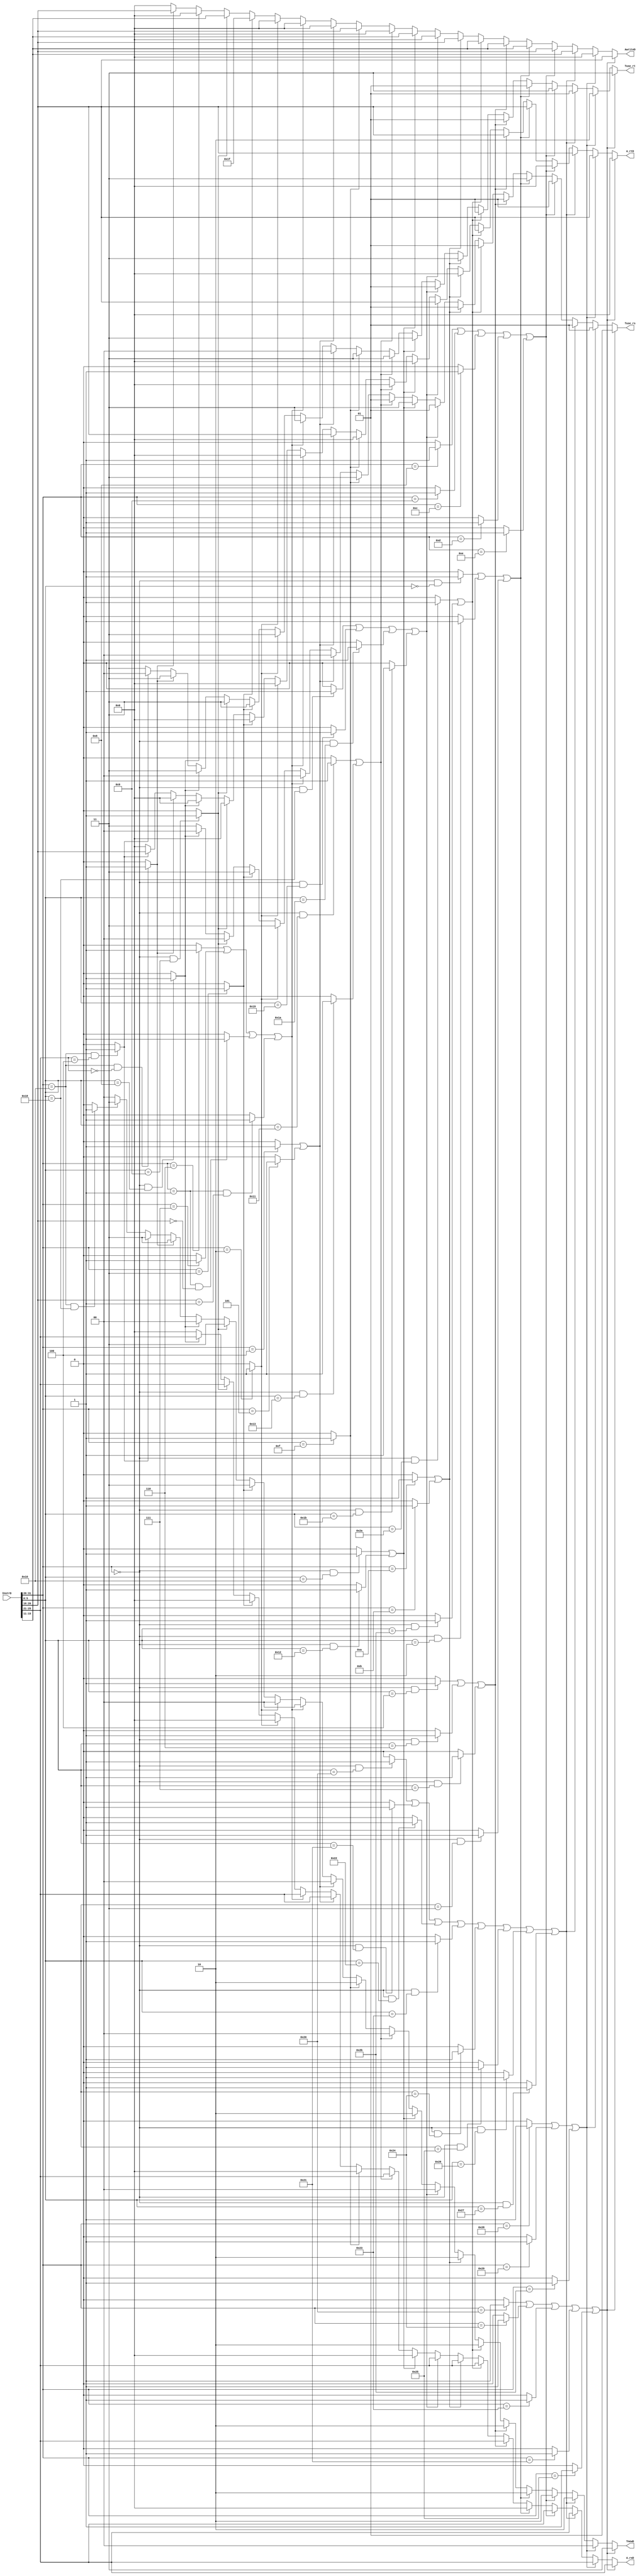
`timescale 1ns / 1ps
//////////////////////////////////////////////////////////////////////////////////
// Company: 
// Engineer: 
// 
// Design Name: 
// Module Name:    AT 
// Project Name: 
// Target Devices: 
// Tool versions: 
// Description: 
//
// Dependencies: 
//
// Revision: 
// Revision 0.01 - File Created
// Additional Comments: 
//
//////////////////////////////////////////////////////////////////////////////////
module AT(
    input [31:0] InstrD,
    output reg [1:0] Tuse_rs,
    output reg [1:0] Tuse_rt,
    output reg [1:0] TnewD,
	output reg [4:0] A_rsD,
	output reg [4:0] A_rtD,
	output reg [4:0] AwriteD
    );
	wire [4:0] rs,rt,rd;
	wire [5:0] op,func;
	assign op=InstrD[31:26];
	assign func=InstrD[5:0];
	assign rs=InstrD[25:21];
	assign rt=InstrD[20:16];
	assign rd=InstrD[15:11];
	//
	//
	wire LB,LBU,LH,LHU,LW,SB,SH,SW;	
	//
	wire ADD,ADDU,SUB,SUBU,AND,OR,XOR,NOR;
	wire ADDI,ADDIU,ANDI,ORI,XORI;
	wire SLL,SRL,SRA,SLLV,SRLV,SRAV;
	wire SLT,SLTI,SLTIU,SLTU;
	wire LUI;
	//
	wire MULT,MULTU,DIV,DIVU,MFHI,MFLO,MTHI,MTLO;
	//
	wire BEQ,BNE,BLEZ,BGTZ,BLTZ,BGEZ;
	wire J,JAL,JALR,JR;
	//
	wire MFCO,MTCO,ERET;
	assign MFCO=(op==6'b010000&&rs==5'b00000)?1'b1:1'b0;
	assign MTCO=(op==6'b010000&&rs==5'b00100)?1'b1:1'b0;
	assign ERET=(op==6'b010000&&func==6'b011000)?1'b1:1'b0;
	//
	//
	assign LB=(op==6'b100000)?1'b1:1'b0;
	assign LBU=(op==6'b100100)?1'b1:1'b0;
	assign LH=(op==6'b100001)?1'b1:1'b0;
	assign LHU=(op==6'b100101)?1'b1:1'b0;
	assign LW=(op==6'b100011)?1'b1:1'b0;
	assign SB=(op==6'b101000)?1'b1:1'b0;
	assign SH=(op==6'b101001)?1'b1:1'b0;
	assign SW=(op==6'b101011)?1'b1:1'b0;
	//
	assign ADD=((op==6'b000000)&&(func==6'b100000))?1'b1:1'b0;
	assign ADDU=((op==6'b000000)&&(func==6'b100001))?1'b1:1'b0;
	assign SUB=((op==6'b000000)&&(func==6'b100010))?1'b1:1'b0;
	assign SUBU=((op==6'b000000)&&(func==6'b100011))?1'b1:1'b0;
	assign AND=((op==6'b000000)&&(func==6'b100100))?1'b1:1'b0;
	assign OR=((op==6'b000000)&&(func==6'b100101))?1'b1:1'b0;
	assign XOR=((op==6'b000000)&&(func==6'b100110))?1'b1:1'b0;
	assign NOR=((op==6'b000000)&&(func==6'b100111))?1'b1:1'b0;
	//
	assign ADDI=(op==6'b001000)?1'b1:1'b0;
	assign ADDIU=(op==6'b001001)?1'b1:1'b0;
	assign ANDI=(op==6'b001100)?1'b1:1'b0;
	assign ORI=(op==6'b001101)?1'b1:1'b0;
	assign XORI=(op==6'b001110)?1'b1:1'b0;
	//
	assign SLL=((op==6'b000000)&&(func==6'b000000))?1'b1:1'b0;
	assign SRL=((op==6'b000000)&&(func==6'b000010))?1'b1:1'b0;
	assign SRA=((op==6'b000000)&&(func==6'b000011))?1'b1:1'b0;
	assign SLLV=((op==6'b000000)&&(func==6'b000100))?1'b1:1'b0;
	assign SRLV=((op==6'b000000)&&(func==6'b000110))?1'b1:1'b0;
	assign SRAV=((op==6'b000000)&&(func==6'b000111))?1'b1:1'b0;
	//
	assign SLT=((op==6'b000000)&&(func==6'b101010))?1'b1:1'b0;
	assign SLTI=(op==6'b001010)?1'b1:1'b0;
	assign SLTIU=(op==6'b001011)?1'b1:1'b0;
	assign SLTU=((op==6'b000000)&&(func==6'b101011))?1'b1:1'b0;
	//
	assign LUI=(op==6'b001111)?1'b1:1'b0;
	//
	assign MULT=((op==6'b000000)&&(func==6'b011000))?1'b1:1'b0;
	assign MULTU=((op==6'b000000)&&(func==6'b011001))?1'b1:1'b0;
	assign DIV=((op==6'b000000)&&(func==6'b011010))?1'b1:1'b0;
	assign DIVU=((op==6'b000000)&&(func==6'b011011))?1'b1:1'b0;
	assign MFHI=((op==6'b000000)&&(func==6'b010000))?1'b1:1'b0;
	assign MFLO=((op==6'b000000)&&(func==6'b010010))?1'b1:1'b0;
	assign MTHI=((op==6'b000000)&&(func==6'b010001))?1'b1:1'b0;
	assign MTLO=((op==6'b000000)&&(func==6'b010011))?1'b1:1'b0;
	//
	assign BEQ=(op==6'b000100)?1'b1:1'b0;
	assign BNE=(op==6'b000101)?1'b1:1'b0;
	assign BLEZ=(op==6'b000110)?1'b1:1'b0;
	assign BGTZ=(op==6'b000111)?1'b1:1'b0;
	assign BLTZ=((op==6'b000001)&&(rt==5'b00000))?1'b1:1'b0;
	assign BGEZ=((op==6'b000001)&&(rt==5'b00001))?1'b1:1'b0;
	assign J=(op==6'b000010)?1'b1:1'b0;
	assign JAL=(op==6'b000011)?1'b1:1'b0;
	assign JALR=((op==6'b000000)&&(func==6'b001001))?1'b1:1'b0;
	assign JR=((op==6'b000000)&&(func==6'b001000))?1'b1:1'b0;
	//AT	Tuse=11
	always@(*)
		begin
			if(LB|LBU|LW|LH|LHU)
				begin
					Tuse_rs=2'b01;
					Tuse_rt=2'b11;
					TnewD=2'b11;
					A_rsD=rs;
					A_rtD=5'd0;
					AwriteD=rt;
				end
			else if(SB|SH|SW)
				begin	
					Tuse_rs=2'b01;
					Tuse_rt=2'b10;
					TnewD=2'b00;
					A_rsD=rs;
					A_rtD=rt;
					AwriteD=5'd0;
				end
			else if(ADD|ADDU|SUB|SUBU|AND|OR|XOR|NOR)
				begin	
					Tuse_rs=2'b01;
					Tuse_rt=2'b01;
					TnewD=2'b10;
					A_rsD=rs;
					A_rtD=rt;
					AwriteD=rd;
				end
			else if(ADDI|ADDIU|ANDI|ORI|XORI)
				begin	
					Tuse_rs=2'b01;
					Tuse_rt=2'b11;
					TnewD=2'b10;
					A_rsD=rs;
					A_rtD=5'd0;
					AwriteD=rt;
				end
			else if(SLL|SRL|SRA)
				begin	
					Tuse_rs=2'b11;
					Tuse_rt=2'b01;
					TnewD=2'b10;
					A_rsD=5'd0;
					A_rtD=rt;
					AwriteD=rd;
				end
			else if(SLLV|SRLV|SRAV)
				begin	
					Tuse_rs=2'b01;
					Tuse_rt=2'b01;
					TnewD=2'b10;
					A_rsD=rs;
					A_rtD=rt;
					AwriteD=rd;
				end
			else if(SLT|SLTU)
				begin	
					Tuse_rs=2'b01;
					Tuse_rt=2'b01;
					TnewD=2'b10;
					A_rsD=rs;
					A_rtD=rt;
					AwriteD=rd;
				end
			else if(SLTI|SLTIU)
				begin	
					Tuse_rs=2'b01;
					Tuse_rt=2'b11;
					TnewD=2'b10;
					A_rsD=rs;
					A_rtD=5'd0;
					AwriteD=rt;
				end
			else if(MULT|MULTU|DIV|DIVU)
				begin	
					Tuse_rs=2'b01;
					Tuse_rt=2'b01;
					TnewD=2'b00;
					A_rsD=rs;
					A_rtD=rt;
					AwriteD=5'd0;
				end	
			else if(MFHI|MFLO)
				begin	
					Tuse_rs=2'b11;
					Tuse_rt=2'b11;
					TnewD=2'b10;
					A_rsD=5'd0;
					A_rtD=5'd0;
					AwriteD=rd;
				end
			else if(MTHI|MTLO)
				begin	
					Tuse_rs=2'b01;
					Tuse_rt=2'b11;
					TnewD=2'b00;
					A_rsD=rs;
					A_rtD=5'd0;
					AwriteD=5'd0;
				end
			else if(LUI)
				begin
					Tuse_rs=2'b11;
					Tuse_rt=2'b11;
					TnewD=2'b10;
					A_rsD=5'd0;
					A_rtD=5'd0;
					AwriteD=rt;
				end
			else if(BEQ|BNE)
				begin
					Tuse_rs=2'b00;
					Tuse_rt=2'b00;
					TnewD=2'b00;
					A_rsD=rs;
					A_rtD=rt;
					AwriteD=5'd0;
				end
			else if(BLEZ|BGTZ|BLTZ|BGEZ)
				begin
					Tuse_rs=2'b00;
					Tuse_rt=2'b11;
					TnewD=2'b00;
					A_rsD=rs;
					A_rtD=5'd0;
					AwriteD=5'd0;
				end
			else if(J)
				begin
					Tuse_rs=2'b11;
					Tuse_rt=2'b11;
					TnewD=2'b00;
					A_rsD=5'd0;
					A_rtD=5'd0;
					AwriteD=5'd0;
				end
			else if(JAL)
				begin
					Tuse_rs=2'b11;
					Tuse_rt=2'b11;
					TnewD=2'b11;
					A_rsD=5'd0;
					A_rtD=5'd0;
					AwriteD=5'd31;
				end
			else if(JALR)
				begin
					Tuse_rs=2'b00;
					Tuse_rt=2'b11;
					TnewD=2'b11;
					A_rsD=rs;
					A_rtD=5'd0;
					AwriteD=rd;
				end
			else if(JR)
				begin
					Tuse_rs=2'b00;
					Tuse_rt=2'b11;
					TnewD=2'b00;
					A_rsD=rs;
					A_rtD=5'd0;
					AwriteD=5'd0;
				end
			else if(MFCO)
				begin
					Tuse_rs=2'b11;
					Tuse_rt=2'b11;
					TnewD=2'b11;
					A_rsD=5'd0;
					A_rtD=5'd0;
					AwriteD=rt;
				end
			else if(MTCO)
				begin
					Tuse_rs=2'b11;
					Tuse_rt=2'b00;
					TnewD=2'b11;
					A_rsD=5'd0;
					A_rtD=rt;
					AwriteD=5'd0;
				end	
			else if(ERET)
				begin
					Tuse_rs=2'b11;
					Tuse_rt=2'b11;
					TnewD=2'b11;
					A_rsD=5'd0;
					A_rtD=5'd0;
					AwriteD=5'd0;
				end
			else 
				begin
					Tuse_rs=2'b11;
					Tuse_rt=2'b11;
					TnewD=2'b00;
					A_rsD=5'd0;
					A_rtD=5'd0;
					AwriteD=5'd0;
				end
		end
endmodule